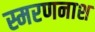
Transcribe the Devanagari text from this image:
स्मरणनाश